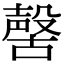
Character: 𣫊